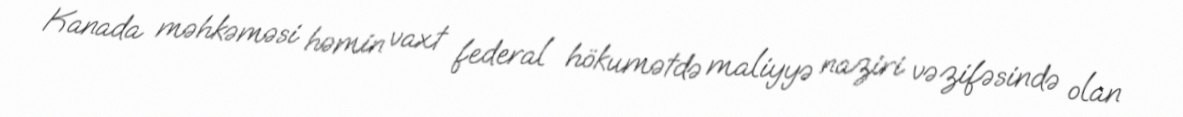
Kanada məhkəməsi həmin vaxt federal hökumətdə maliyyə naziri vəzifəsində olan